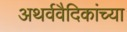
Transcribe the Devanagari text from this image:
अथर्ववैदिकांच्या